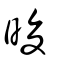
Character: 晙